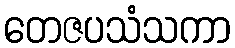
တေဇပသံသကာ